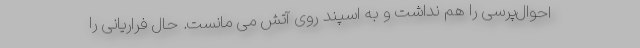
احوال‌پرسی را هم نداشت و به اسپند روی آتش می مانست. حال فراریانی را